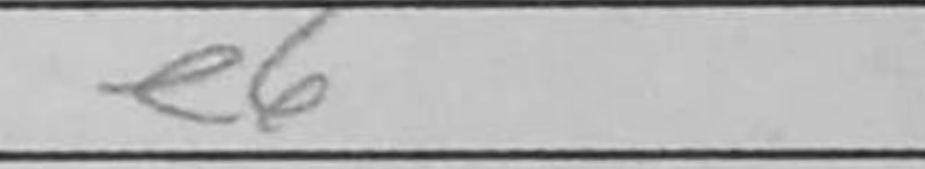
Transcription: e6